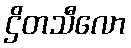
ဌိတသီလော